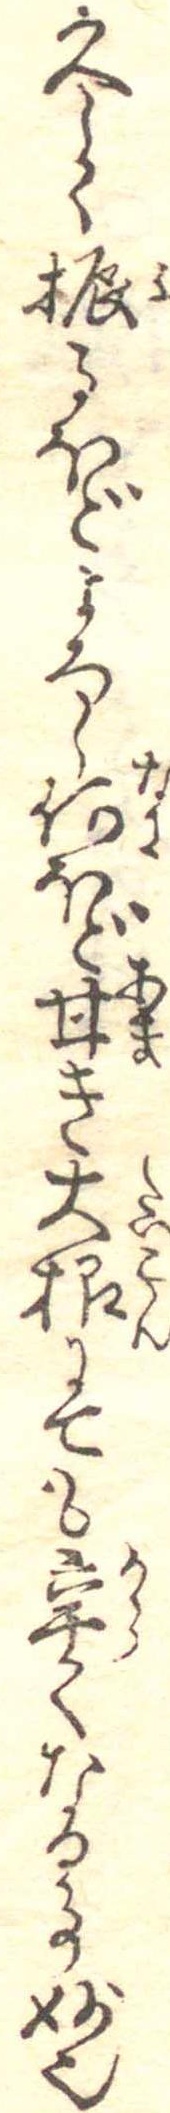
久しく振るほどよろし何ほど甘き大根にても辛くなる事妙也